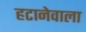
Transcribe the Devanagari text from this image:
हटानेवाला